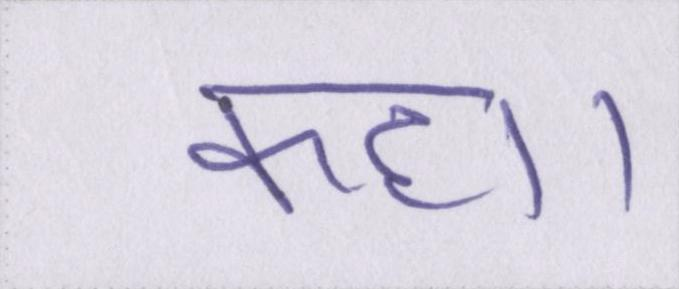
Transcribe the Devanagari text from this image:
कहा।